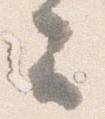
云